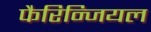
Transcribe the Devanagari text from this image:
फैरिन्जियल